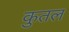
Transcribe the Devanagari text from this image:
कुतल